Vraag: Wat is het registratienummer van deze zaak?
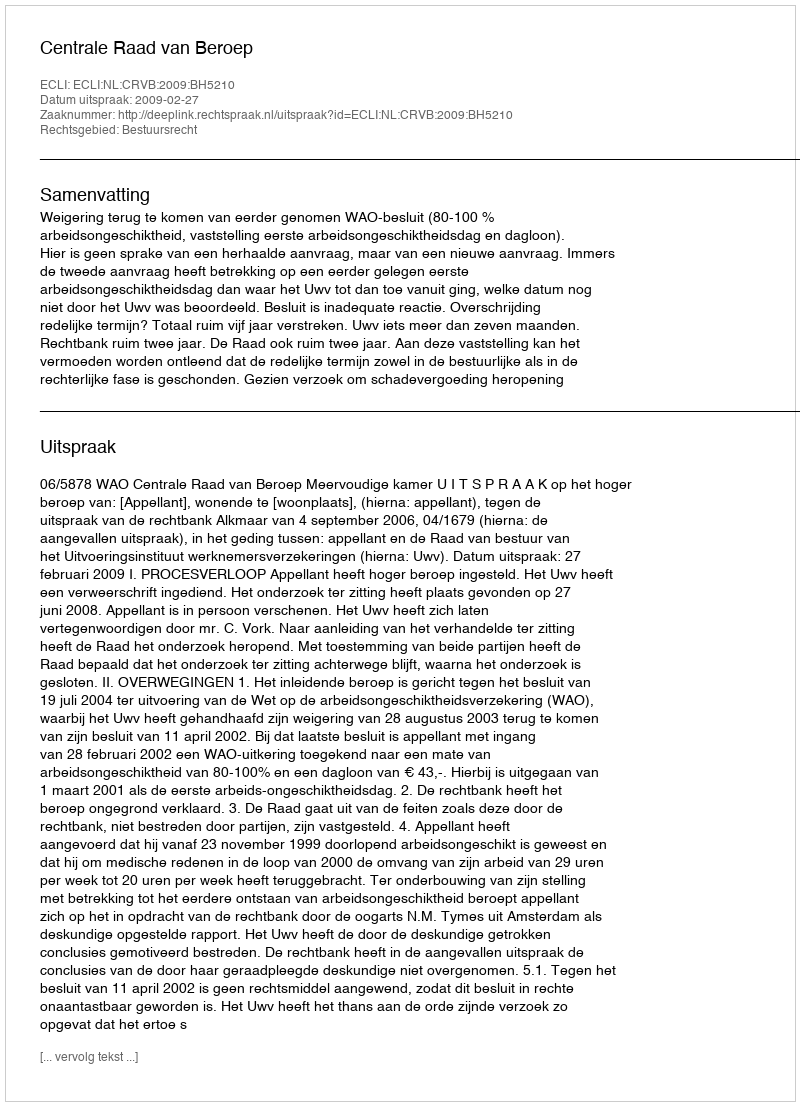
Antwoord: http://deeplink.rechtspraak.nl/uitspraak?id=ECLI:NL:CRVB:2009:BH5210